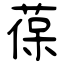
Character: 葆